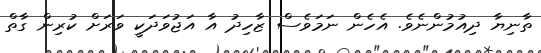
ތާނިޔާ ދިއުމުންނެވެ. އެހެން ނަމަވެސް ޒާހިދު އާ އަޖުވަދަކީ ވަރަށް ކުރިން ގާތް